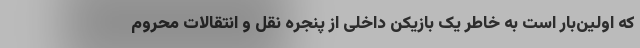
که اولین‌بار است به خاطر یک بازیکن داخلی از پنجره نقل و انتقالات محروم